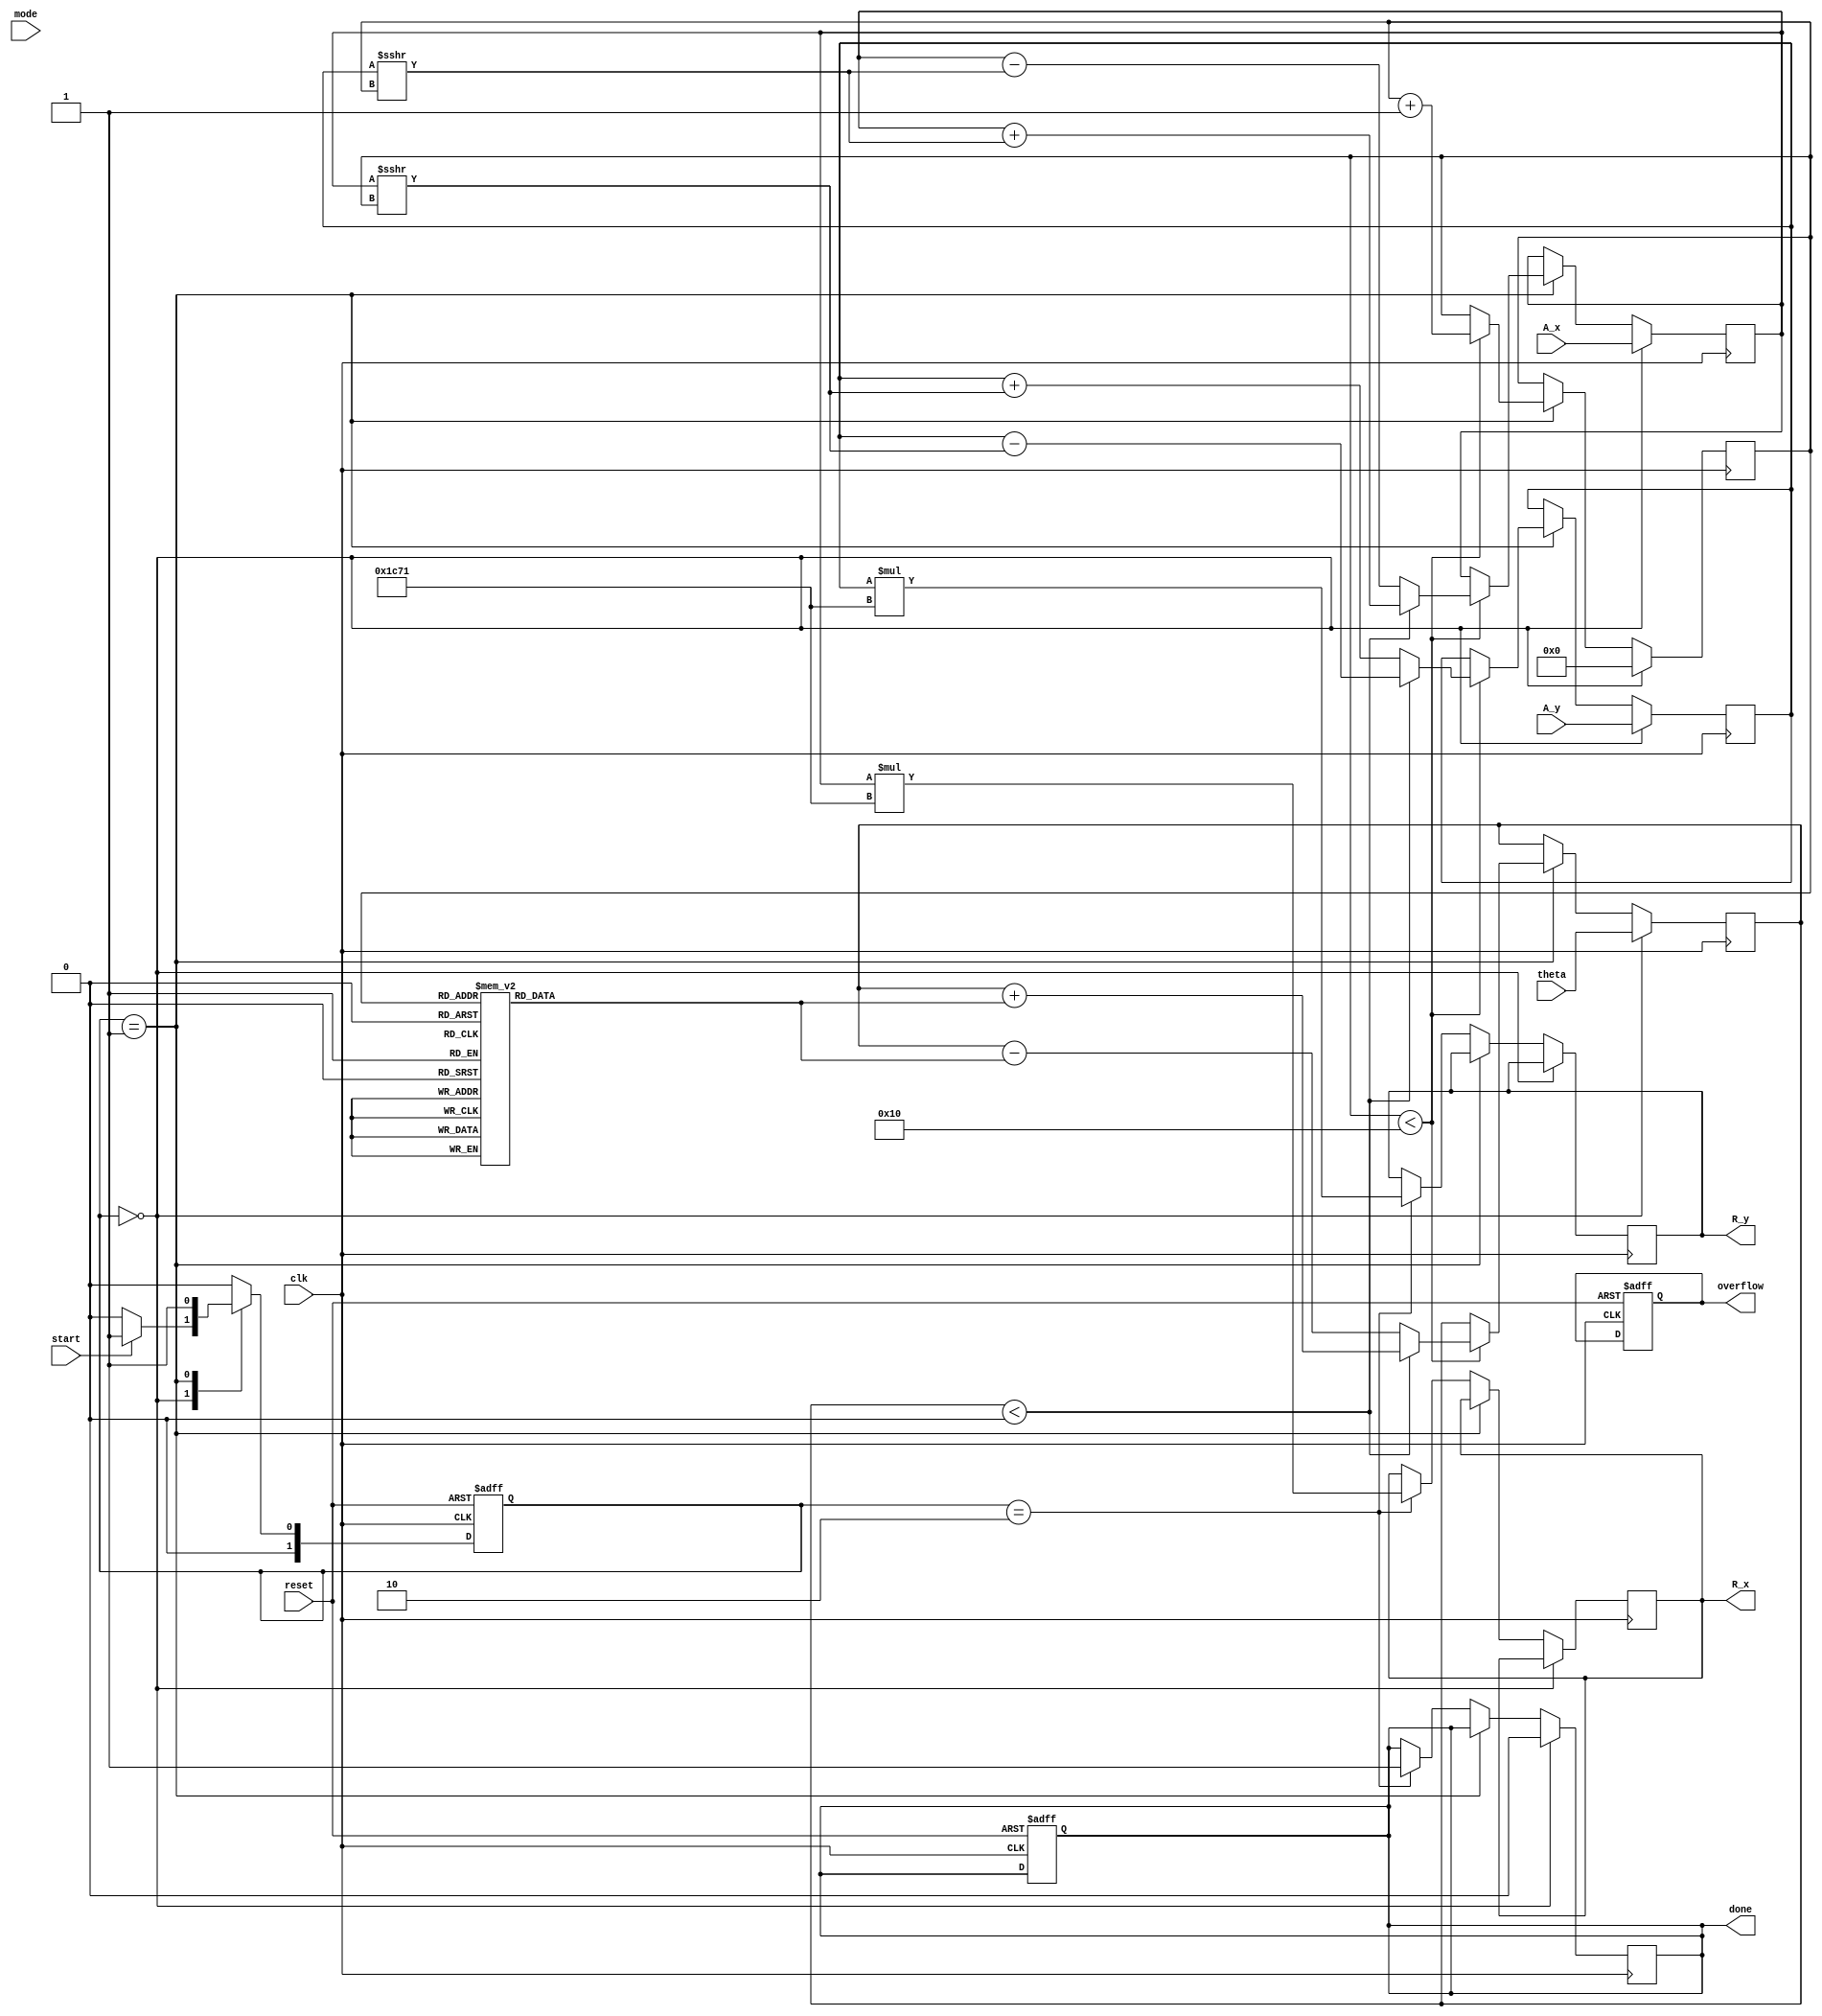
module cordic(
    input wire clk,
    input wire reset,
    input wire start,
    input wire [15:0] A_x,        // Input vector A (x-coordinate)
    input wire [15:0] A_y,        // Input vector A (y-coordinate)
    input wire [15:0] theta,      // Input angle for rotation
    input wire [1:0] mode,        // Operation mode: 00 - Rotation, 01 - Vectoring
    output reg [15:0] R_x,        // Resultant vector (x-coordinate)
    output reg [15:0] R_y,        // Resultant vector (y-coordinate)
    output reg done,              // Operation completion signal
    output reg overflow           // Overflow detection signal
);

    // Parameters
    parameter NUM_ITERATIONS = 16; // Number of iterations for CORDIC
    reg [15:0] x, y, z;             // Internal registers for x, y, and angle
    reg [3:0] iteration;            // Iteration counter
    reg [15:0] angle_table [0:NUM_ITERATIONS-1]; // Lookup table for arctan values
    reg [15:0] K;                   // Scaling factor

    // Initialize angle table and scaling factor
    initial begin
        angle_table[0] = 16'h2000; // atan(1) = pi/4 in fixed-point
        angle_table[1] = 16'h12C4; // atan(0.5) = pi/6 in fixed-point
        angle_table[2] = 16'h0A3D; // atan(0.25) = pi/12 in fixed-point
        // ... Fill in remaining values ...
        K = 16'h1C71; // Precomputed scaling factor
    end

    // FSM states
    localparam IDLE = 2'b00, 
               RUN = 2'b01, 
               DONE = 2'b10;

    reg [1:0] state, next_state;

    // State transition
    always @(posedge clk or posedge reset) begin
        if (reset) begin
            state <= IDLE;
            done <= 0;
            overflow <= 0;
        end else begin
            state <= next_state;
        end
    end

    // Next state logic
    always @(*) begin
        case (state)
            IDLE: if (start) next_state = RUN; else next_state = IDLE;
            RUN:  if (iteration == NUM_ITERATIONS) next_state = DONE; else next_state = RUN;
            DONE: next_state = IDLE;
            default: next_state = IDLE;
        endcase
    end

    // CORDIC computation
    always @(posedge clk) begin
        if (state == IDLE) begin
            x <= A_x;
            y <= A_y;
            z <= theta;
            iteration <= 0;
            done <= 0;
        end else if (state == RUN) begin
            if (iteration < NUM_ITERATIONS) begin
                if (z < 0) begin
                    // Perform rotation
                    x <= x + (y >>> iteration);
                    y <= y - (x >>> iteration);
                    z <= z + angle_table[iteration];
                end else begin
                    // Perform rotation in the opposite direction
                    x <= x - (y >>> iteration);
                    y <= y + (x >>> iteration);
                    z <= z - angle_table[iteration];
                end
                iteration <= iteration + 1;
            end
        end else if (state == DONE) begin
            R_x <= x * K; // Apply scaling
            R_y <= y * K; // Apply scaling
            done <= 1;
        end
    end

endmodule